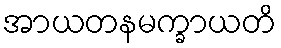
အာယတနမက္ခာယတိ